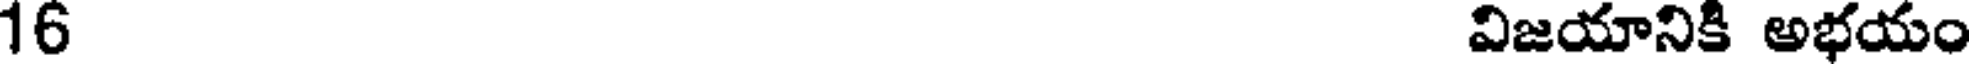
16 విజయానికి అభయం